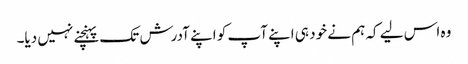
وہ اس لیے کہ ہم نے خود ہی اپنے آپ کو اپنے آدرش تک پہنچنے نہیں دیا۔